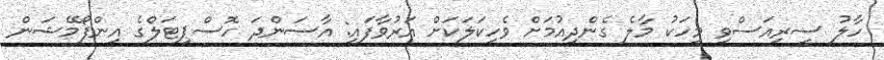
ހާލު ސީރިއަސްވި މީހަކު މާލެ ގެންދިއުމަށް ވެހިކަލަކަށް އަރުވާފައި: އާސަންދަ ހޮސްޕިޓަލްގެ އިންފޯމޭޝަން